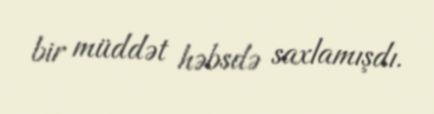
bir müddət həbsdə saxlamışdı.